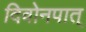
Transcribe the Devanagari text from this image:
दिवोनपात्